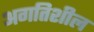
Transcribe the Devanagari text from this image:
अगतिशील